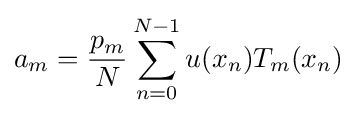
a_{m}={\frac {p_{m}}{N}}\sum _{n=0}^{N-1}u(x_{n})T_{m}(x_{n})